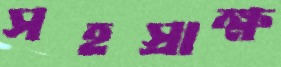
সহস্রাক্ষ